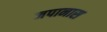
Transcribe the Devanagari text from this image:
जपानास